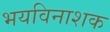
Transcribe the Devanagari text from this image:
भयविनाशक